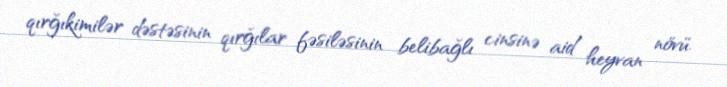
qırğıkimilər dəstəsinin qırğılar fəsiləsinin belibağlı cinsinə aid heyvan növü.